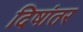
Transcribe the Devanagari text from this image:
दिषांतर